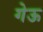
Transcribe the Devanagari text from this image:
गेऊ